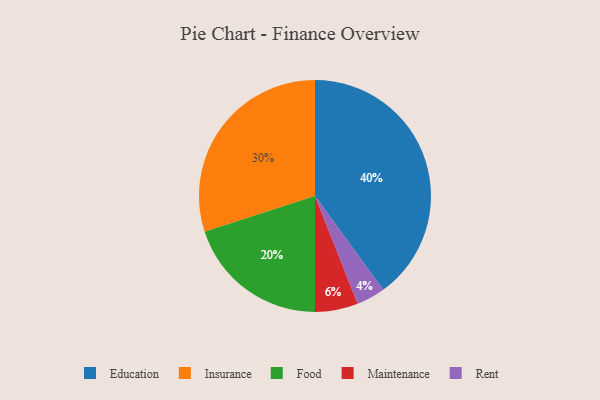
{"axis": {"x": "Category", "y": "Percentage"}, "legend": ["Education", "Food", "Insurance", "Maintenance", "Rent"], "data": [{"x": "Maintenance", "y": 6, "type": "Maintenance"}, {"x": "Insurance", "y": 30, "type": "Insurance"}, {"x": "Food", "y": 20, "type": "Food"}, {"x": "Education", "y": 40, "type": "Education"}, {"x": "Rent", "y": 4, "type": "Rent"}]}